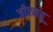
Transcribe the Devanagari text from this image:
जीएसयू